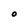
Character: O